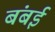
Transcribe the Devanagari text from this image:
बंबर्इ